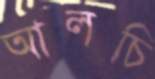
আলচি